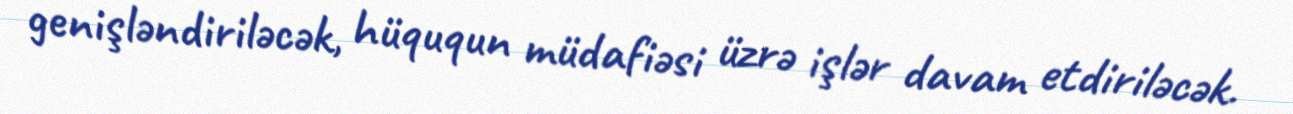
genişləndiriləcək, hüququn müdafiəsi üzrə işlər davam etdiriləcək.